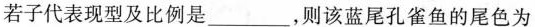
若子代表现型及比例是________，则该蓝尾孔雀鱼的尾色为